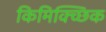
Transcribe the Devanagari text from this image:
किमिक्च्छिक